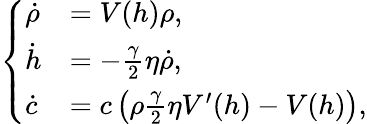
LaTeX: \begin{array}{r}{\left\{ \begin{array}{ll}{\dot{\rho}}&{=V(h)\rho,}\\ {\dot{h}}&{=-\frac{\gamma}{2}\eta\dot{\rho},}\\ {\dot{c}}&{=c\left(\rho\frac{\gamma}{2}\eta V^{\prime}(h)-V(h)\right),}\end{array}\right.}\end{array}